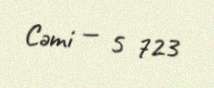
Cəmi — 5 723